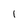
Character: l